Annual administration report of the Civil Veterinary Department of India - 1892-1893
Year: 1892
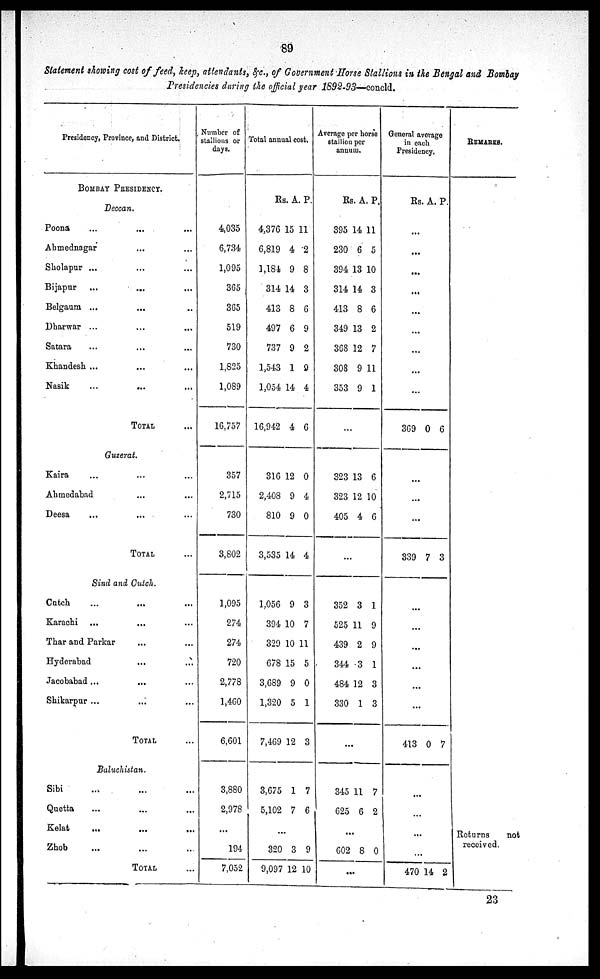
89
Statement showing cost of feed, keep, attendants, &c., of Government Horse Stallions in the Bengal and Bombay
Presidencies during the official year 1892-93—concld.
Presidency, Province, and District.
BOMBAY PRESIDENCY.
Deccan.
Poona ... ... ...
Ahmednagar ... ...
Sholapur ... ... ...
Bijapur ... ... ...
Belgaum ... ... ...
Dharwar ... ... ...
Satara ... ... ...
Khandesh ... ... ...
Nasik ... ... ...
TOTAL ...
Guzerat.
Kaira ... ... ...
Ahmedabad ... ...
Deesa ... ... ...
TOTAL ...
Sind and Cutch.
Cutch ... ... ...
Karachi ... ... ...
Thar and Parkar ... ...
Hyderabad
Jacobabad ... ... ...
Shikarpur ... ... ...
TOTAL ...
Baluchistan.
Sibi ... ... ...
Quetta ... ... ...
Kelat ... ... ...
Zhob ... ... ...
TOTAL
Number of
stallions or
days.
4,035
6,734
1,095
365
365
519
730
1,825
1,089
16,757
357
2,715
730
3,802
1,095
274
274
720
2,778
1,460
6,601
3,880
2,978
...
194
7,052
Total annual cost.
Rs. A. P.
4,376
6,819
1,181
314
413
497
737
1,543
1,054
16,942
15
4
9
14
8
6
9
1
14
4
11
2
8
3
6
9
2
9
4
6
316
2,408
810
3,535
12
9
9
14
0
4
0
4
1,056
394
329
678
3,689
1,320
7,469
9
10
10
15
9
5
12
3
7
11
5
0
1
3
3,675
5,102
1
7
7
6
...
320
9,097
3
12
9
10
Average per horse
stallion
per
annum.
Rs A. P.
395
230
394
314
413
349
368
308
353
14
6
13
14
8
13
12
9
9
11
5
10
3
6
2
7
11
1
...
323
323
405
13
12
4
6
10
6
...
352
525
439
344
484
330
3
11
2
3
12
1
1
9
9
1
3
3
...
345
625
11
6
7
2
...
602 8 0
...
General average
in each
Presidency.
Rs. A. P.
...
...
...
...
...
...
...
...
...
369 0 6
...
...
...
339 7 3
...
...
...
...
...
...
413 0 7
...
...
...
...
470 14 2
REMARKS.
Returns
not
received.
23